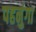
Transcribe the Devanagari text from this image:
पहनुंगा